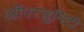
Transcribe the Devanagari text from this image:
ऑपरचुनिटी